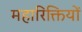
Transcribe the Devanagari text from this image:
महारिक्तियों